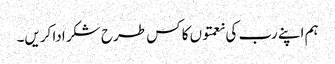
ہم اپنے رب کی نعمتوں کا کس طرح شکر ادا کریں۔